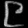
Digit: ၉